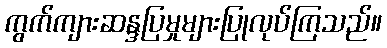
ကွက်ကျားဆန္ဒပြမှုများပြုလုပ်ကြသည်။